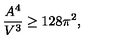
\frac { A ^ { 4 } } { V ^ { 3 } } \ge 1 2 8 \pi ^ { 2 } ,